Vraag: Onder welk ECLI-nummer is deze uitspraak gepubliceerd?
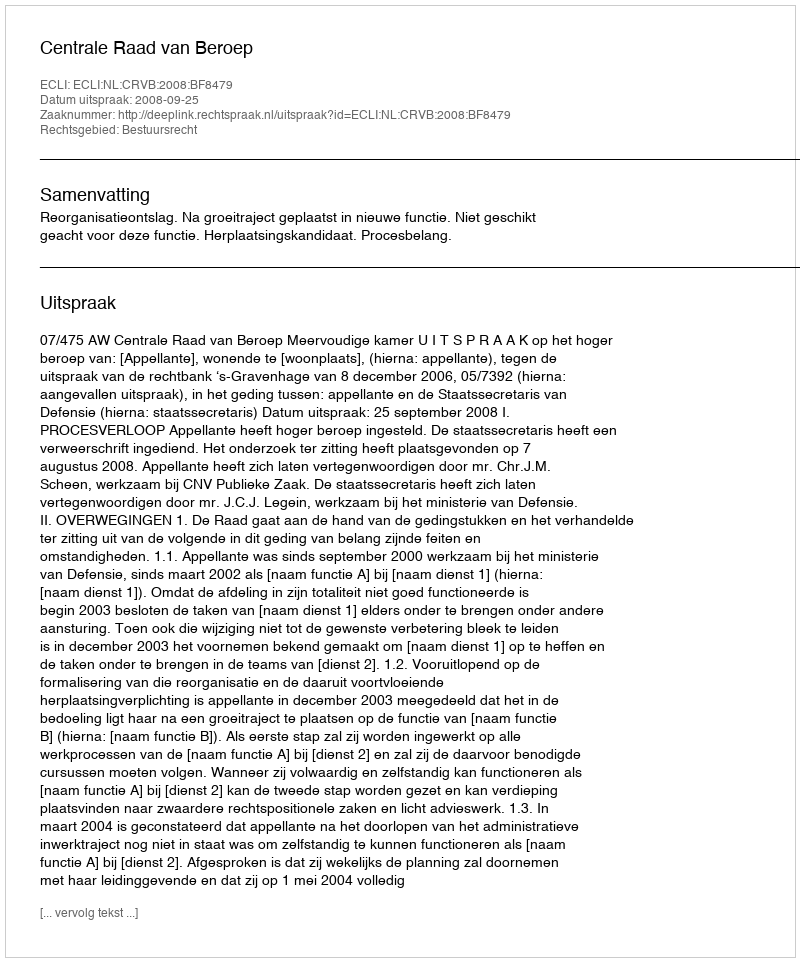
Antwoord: ECLI:NL:CRVB:2008:BF8479